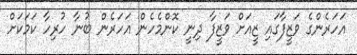
އަހަރެންގެ ވަޒީފާގައި ޒީއަށް ވަޒީފާ ދިނީ ކޮންމެހެން އަހަރެން ބުނާ ހުރިހާ ކަމަކަށް